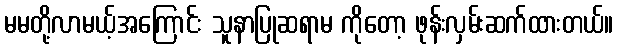
မမတို့လာမယ့်အကြောင်း သူနာပြုဆရာမ ကိုတော့ ဖုန်းလှမ်းဆက်ထားတယ်။